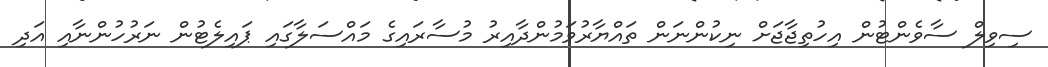
ސިވިލް ސާވެންޓުން އިހުތިޖާޖަށް ނިކުންނަން ތައްޔާރުވަމުންދާއިރު މުސާރައިގެ މައްސަލާގައި ޕައިލެޓުން ނަރުހުންނާއި އަދި